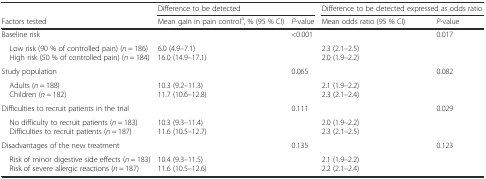
<table><thead><tr><td></td><td colspan="2"><b>Difference to be detected</b></td><td colspan="2"><b>Difference to be detected expressed as odds ratio</b></td></tr><tr><td><b>Factors tested</b></td><td><b>Mean gain in pain control<sup>a</sup>, % (95 % CI)</b></td><td><b><i>P</i>-value</b></td><td><b>Mean odds ratio (95 % CI)</b></td><td><b><i>P</i>-value</b></td></tr></thead><tbody><tr><td>Baseline risk</td><td></td><td rowspan="2">&lt;0.001</td><td></td><td rowspan="2">0.017</td></tr><tr><td> Low risk (90 % of controlled pain) (<i>n</i> = 186) High risk (50 % of controlled pain) (<i>n</i> = 184)</td><td>6.0 (4.9–7.1)16.0 (14.9–17.1)</td><td>2.3 (2.1–2.5)2.0 (1.9–2.2)</td></tr><tr><td>Study population</td><td></td><td rowspan="2">0.065</td><td></td><td rowspan="2">0.082</td></tr><tr><td> Adults (<i>n</i> = 188) Children (<i>n</i> = 182)</td><td>10.3 (9.2–11.3)11.7 (10.6–12.8)</td><td>2.1 (1.9–2.2)2.3 (2.1–2.4)</td></tr><tr><td>Difficulties to recruit patients in the trial</td><td></td><td rowspan="2">0.111</td><td></td><td rowspan="2">0.029</td></tr><tr><td> No difficulty to recruit patients (<i>n</i> = 183) Difficulties to recruit patients (<i>n</i> = 187)</td><td>10.3 (9.3–11.4)11.6 (10.5–12.7)</td><td>2.0 (1.9–2.2)2.3 (2.1–2.5)</td></tr><tr><td>Disadvantages of the new treatment</td><td></td><td rowspan="2">0.135</td><td></td><td rowspan="2">0.123</td></tr><tr><td> Risk of minor digestive side effects (<i>n</i> = 183) Risk of severe allergic reactions (<i>n</i> = 187)</td><td>10.4 (9.3–11.5)11.6 (10.5–12.6)</td><td>2.1 (1.9–2.2)2.2 (2.1–2.4)</td></tr></tbody></table>